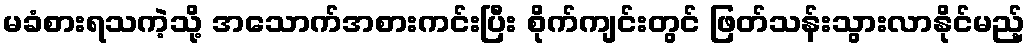
မခံစားရသကဲ့သို့ အသောက်အစားကင်းပြီး စိုက်ကျင်းတွင် ဖြတ်သန်းသွားလာနိုင်မည့်